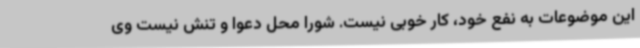
این موضوعات به نفع خود، کار خوبی نیست. شورا محل دعوا و تنش نیست وی